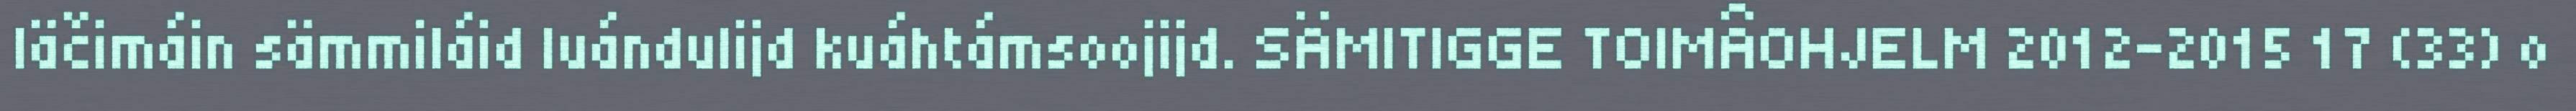
läčimáin sämmiláid luándulijd kuáhtámsoojijd. SÄMITIGGE TOIMÂOHJELM 2012–2015 17 (33) o